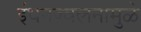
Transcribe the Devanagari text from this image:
इंधनज्वलनामुळे